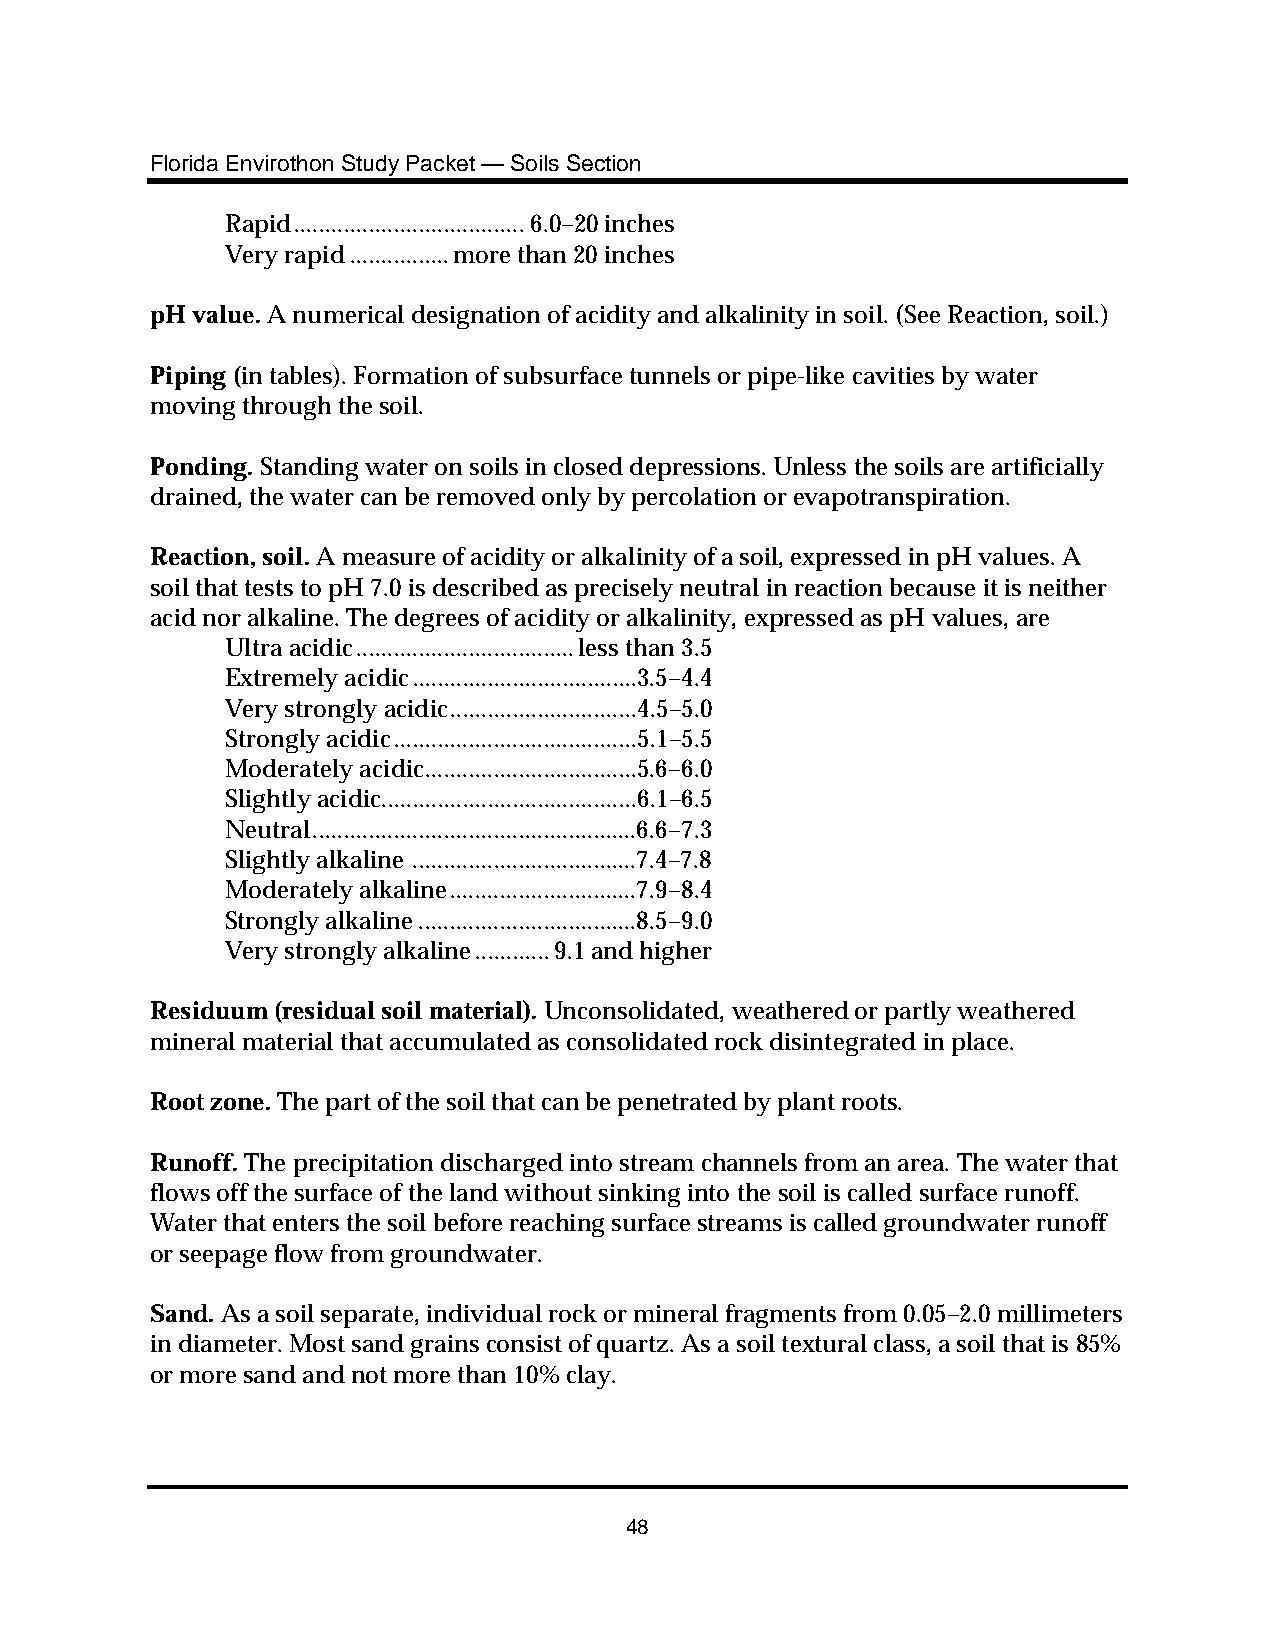
Florida Envirothon Study Packet — Soils Section
 Rapid.....................................6.0–20 inches
 Very rapid................more than 20 inches
 pH value. A numerical designation of acidity and alkalinity in soil. (See Reaction, soil.)
 Piping (in tables). Formation of subsurface tunnels or pipe-like cavities by water
 moving through the soil.
 Ponding. Standing water on soils in closed depressions. Unless the soils are artificially
 drained, the water can be removed only by percolation or evapotranspiration.
 Reaction, soil. A measure of acidity or alkalinity of a soil, expressed in pH values. A
 soil that tests to pH 7.0 is described as precisely neutral in reaction because it is neither
 acid nor alkaline. The degrees of acidity or alkalinity, expressed as pH values, are
 Ultra acidic...................................less than 3.5
 Extremely acidic....................................3.5–4.4
 Very strongly acidic..............................4.5–5.0
 Strongly acidic.......................................5.1–5.5
 Moderately acidic..................................5.6–6.0
 Slightly acidic.........................................6.1–6.5
 Neutral....................................................6.6–7.3
 Slightly alkaline ....................................7.4–7.8
 Moderately alkaline..............................7.9–8.4
 Strongly alkaline...................................8.5–9.0
 Very strongly alkaline............9.1 and higher
 Residuum (residual soil material). Unconsolidated, weathered or partly weathered
 mineral material that accumulated as consolidated rock disintegrated in place.
 Root zone. The part of the soil that can be penetrated by plant roots.
 Runoff. The precipitation discharged into stream channels from an area. The water that
 flows off the surface of the land without sinking into the soil is called surface runoff.
 Water that enters the soil before reaching surface streams is called groundwater runoff
 or seepage flow from groundwater.
 Sand. As a soil separate, individual rock or mineral fragments from 0.05–2.0 millimeters
 in diameter. Most sand grains consist of quartz. As a soil textural class, a soil that is 85%
 or more sand and not more than 10% clay.
 48